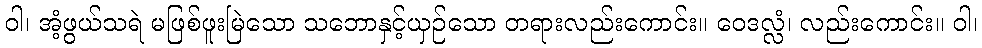
ဝါ၊ အံ့ဖွယ်သရဲ မဖြစ်ဖူးမြဲသော သဘောနှင့်ယှဉ်သော တရားလည်းကောင်း။ ဝေဒလ္လံ၊ လည်းကောင်း။ ဝါ၊